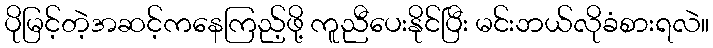
ပိုမြင့်တဲ့အဆင့်ကနေကြည့်ဖို့ ကူညီပေးနိုင်ပြီး မင်းဘယ်လိုခံစားရလဲ။